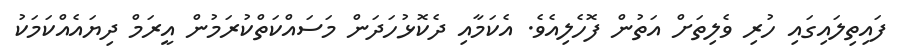
ފައިތިލައިގައި ހުރި ވެލިތަށް އަތުން ފޮހެލިއެވެ. އެކަމާއި ދެކޮޅުހަދަން މަސައްކަތްކުރަމުން އީރަމް ދިޔައެއްކަމަކު